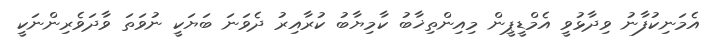
އެމަނިކުފާނު ވިދާޅުވީ އެމްޑީޕީން މިއިންތިޚާބު ކާމިޔާބު ކުރާއިރު ދެވަނަ ބަޔަކީ ނުވަތަ ވާދަވެރިންނަކީ